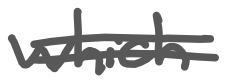
Text: which
Cross-out: double-line
Writing tool: digital_gray